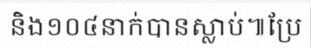
និង១០៤នាក់បានស្លាប់៕ប្រែ